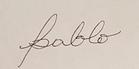
Signature authenticity: forged